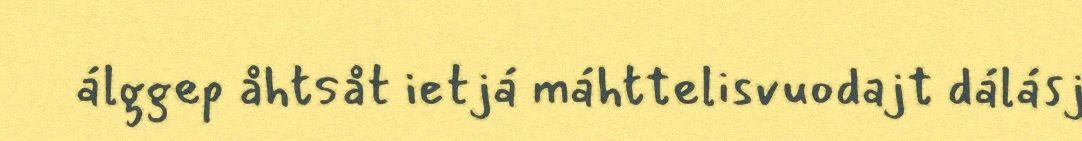
álggep åhtsåt ietjá máhttelisvuodajt dálásj